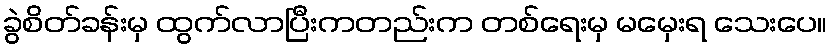
ခွဲစိတ်ခန်းမှ ထွက်လာပြီးကတည်းက တစ်ရေးမှ မမှေးရ သေးပေ။